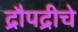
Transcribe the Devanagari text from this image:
द्रौपद्रीचे